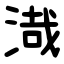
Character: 渽